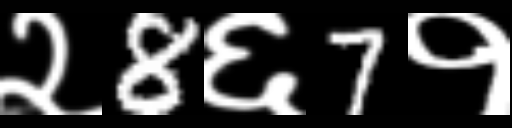
Text: २8६7१